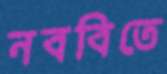
নববিতে